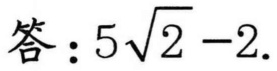
答：\(5\sqrt{2}-2\).